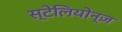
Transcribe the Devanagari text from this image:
स्टेलियोन्ज़